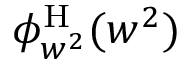
\phi _ { w ^ { 2 } } ^ { \mathrm { H } } ( w ^ { 2 } )